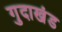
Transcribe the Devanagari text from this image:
गुदाखंड